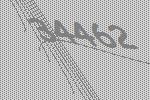
34462